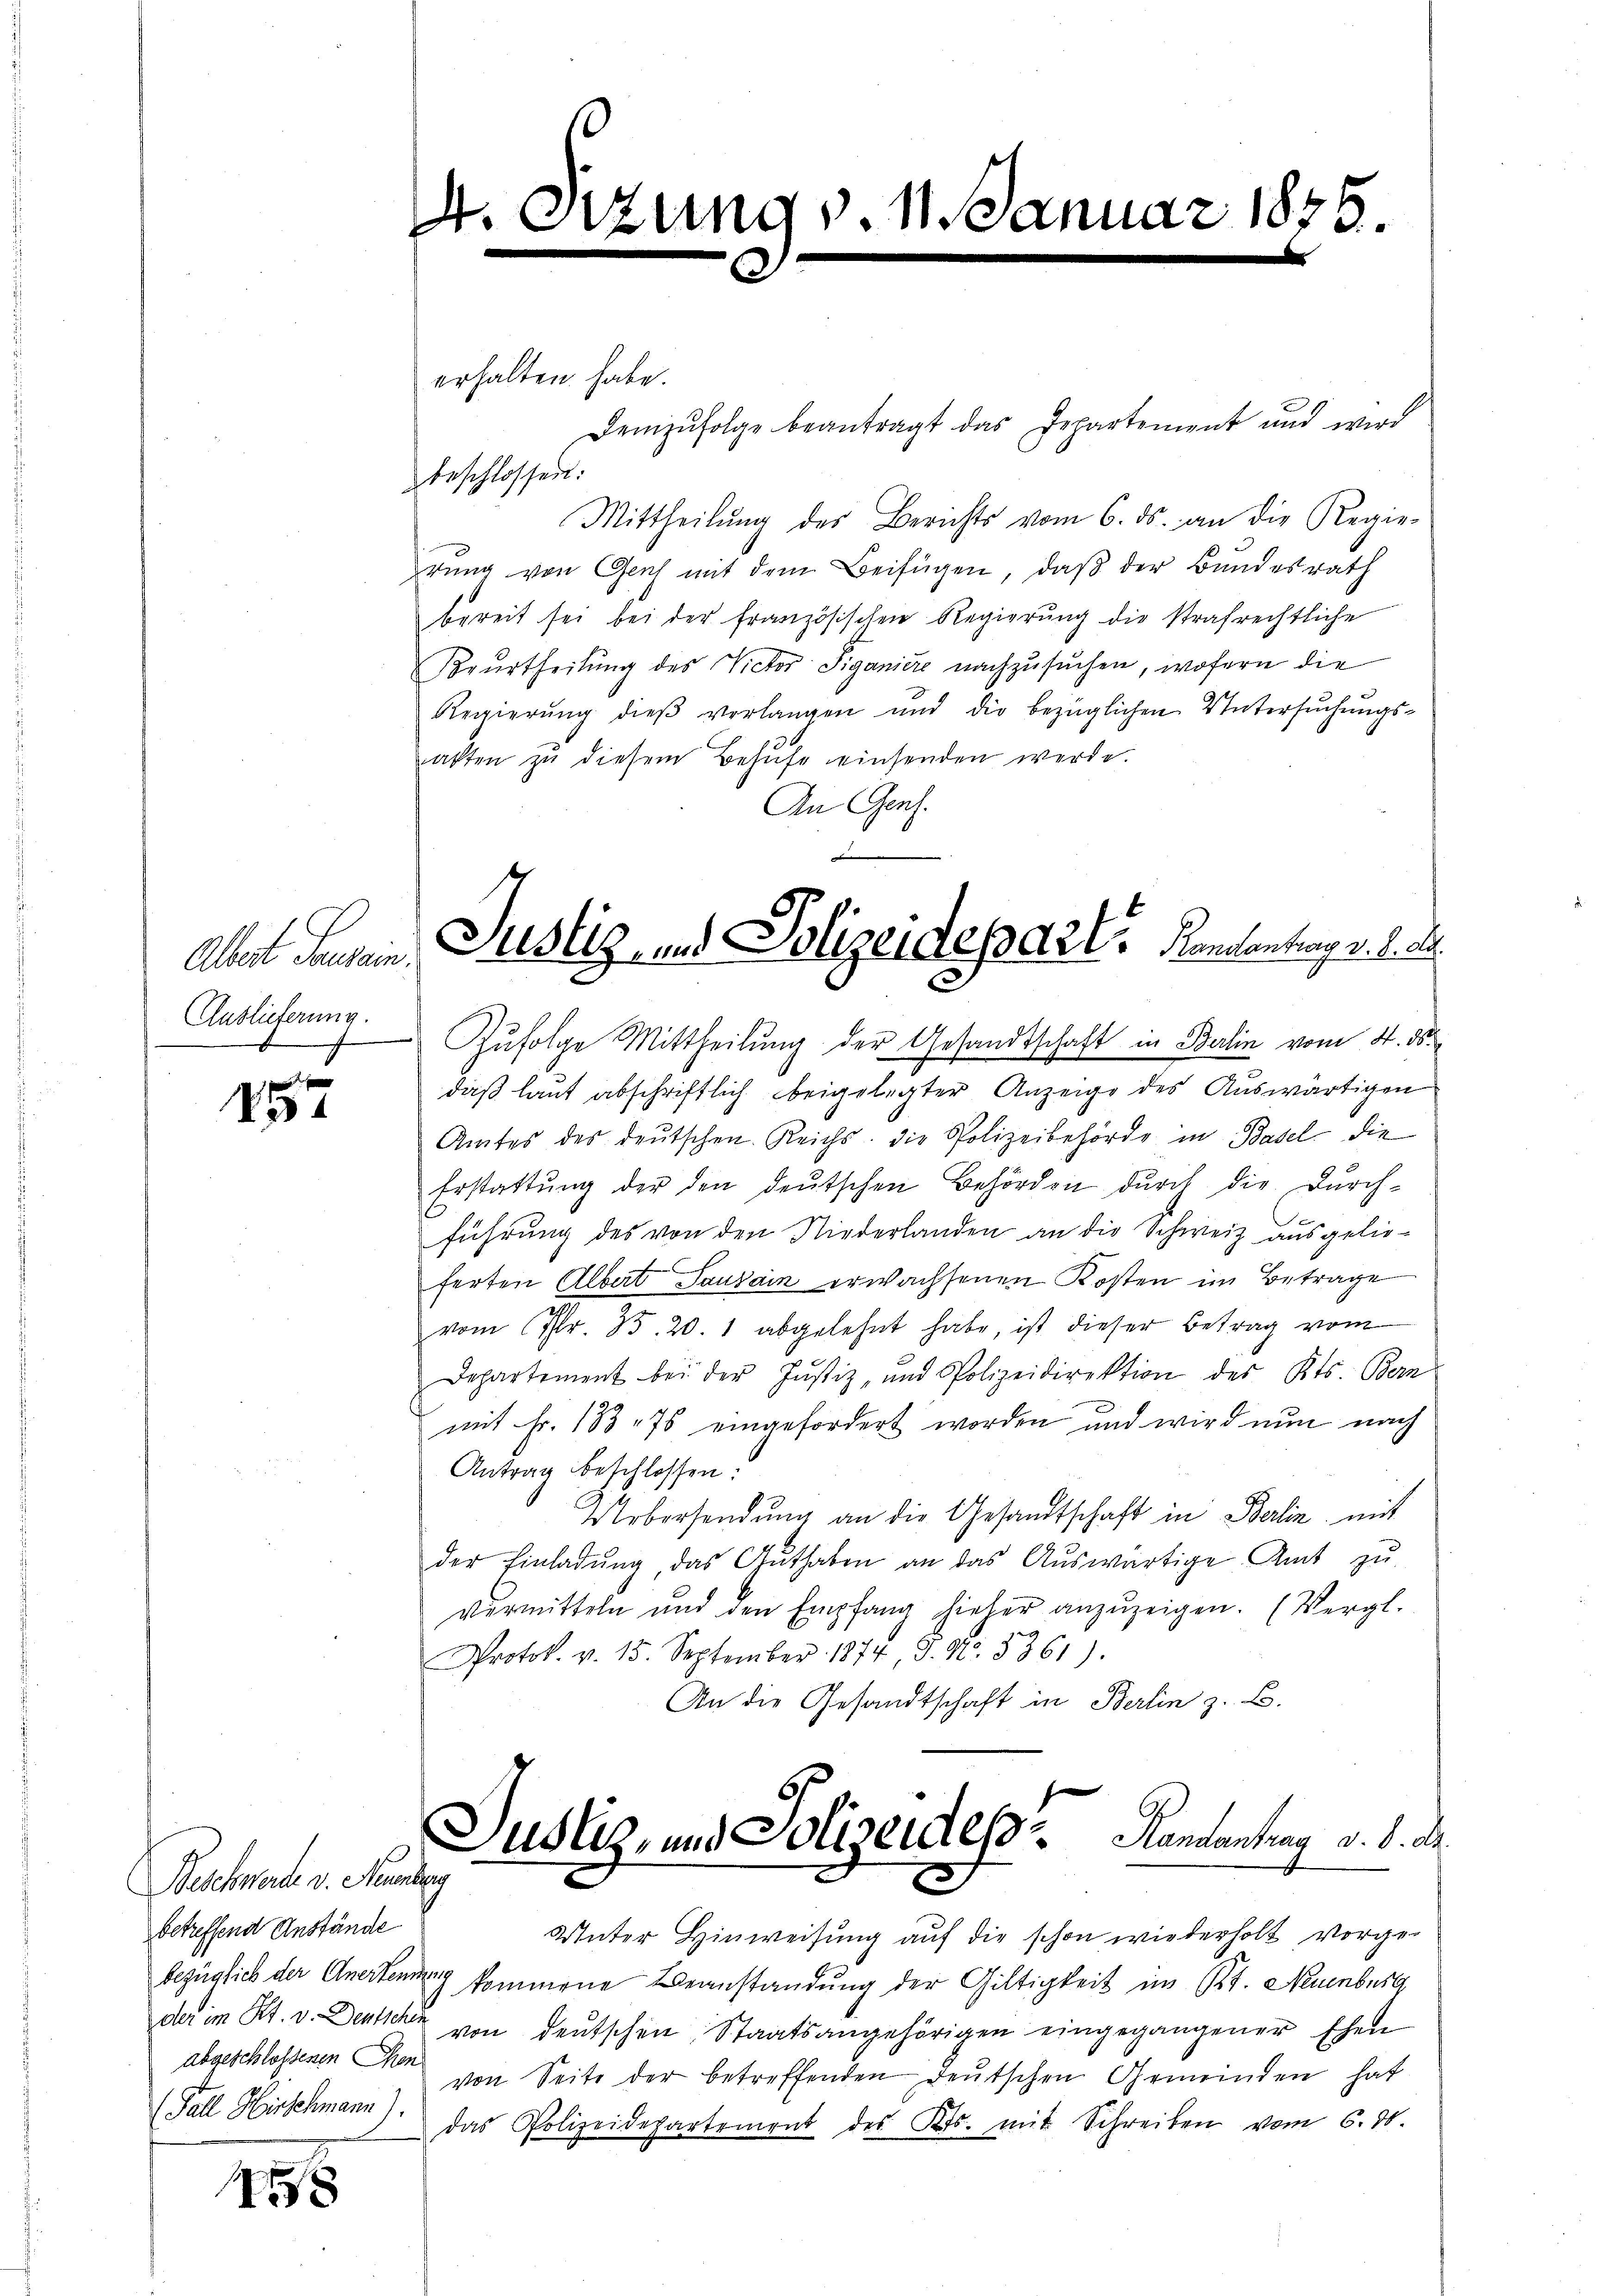
Albert Sausein.
Auslieferung.

15

458

erhalten habe.
beschlossen:
Mittheilŭng des Berichts vom 6. ds. an die Regie-
rŭng von Genf mit dem Beifügen, daß der Bundesrath
bereit sei bei der französischen Regierung die strafrechtliche
Keŭrtheilŭng des Victor Siganiere nachzŭsŭchen, wofern die
Regierung dieß verlangen und die bezüglichen Untersuchungsakten zŭ diesem Behufe einsenden werde.
An Genf.

0

Beschwerde v. Neuenburg
betreffend Anstände
abgeschlossenen Chen
(Fall Hirschmann)

tzung v. Manuar 1835.

Demzufolge beantragt das Departement und wird

Zŭfolge Mittheilung der Gesandtschaft in Berlin vom 4. ds.
daß laut abschriftlich beigelegter Anzeige des Auswärtigen
Amtes des deutschen Reichs, die Polizeibehörde in Basel die
Erstattung der den deutschen Behörden durch die Durch-
führung des von den Niederlanden an die Schweiz ausgelieferten Albert Tanzain erwachsenen Kosten im Betrage
vom Fr. 35. 20. 1 abgelehnt habe, ist dieser Betrag vom
Departement bei der Justiz- und Polizeidirektion des Kts. Bern
mit Fr. 133. 75 eingefordert worden und wird nun nach
Antrag beschlossen:
Uebersendŭng an die Gesandtschaft in Berlin mit
der Einladŭng, das Gŭthaben an das Aŭswärtige Amt zŭ
vermitteln und den Empfang hieher anzŭzeigen. (Vergl.
Protok. v. 15. September 1874, S. Nr. 5361).
An die Gesandtschaft in Berlin z. B.

Justiz, und Polizeidepart. Rencontrag v. J. J.

Justiz- und Polizeides Randantrag v. d. d.
.

Unter Hinweisung auf die schon wiederholt vorge-
bezüglich der Anerkennung kommene Beanstandung der Gültigkeit im Art. Neuenburg
der im Kt. v. Denkehr von deutschen Staatsangehörigen eingegangener Ehen
von Seite der betreffenden Deutschen Gemeinden hat
das Polizeidepartement des Kts. mit Schreiben vom 6. 30.